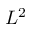
L ^ { 2 }